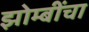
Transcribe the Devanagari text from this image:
झोम्बींचा